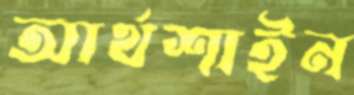
আর্থশাইন